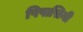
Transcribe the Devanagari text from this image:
पिपासिनी